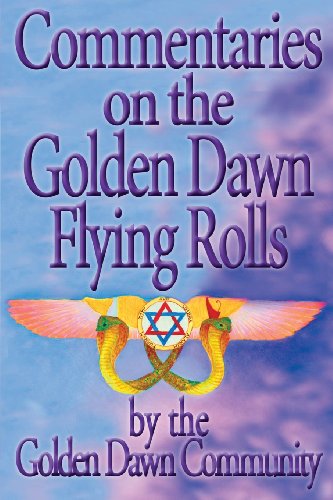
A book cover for Commentaries on the Golden Dawn Flying Rolls; Religion & Spirituality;